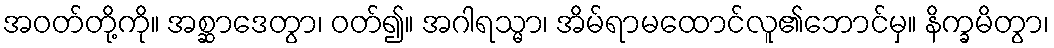
အဝတ်တို့ကို။ အစ္ဆာဒေတွာ၊ ဝတ်၍။ အဂါရသ္မာ၊ အိမ်ရာမထောင်လူ၏ဘောင်မှ။ နိက္ခမိတွာ၊